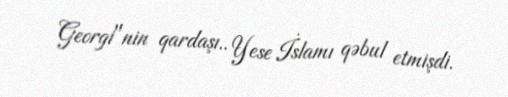
Georgi"nin qardaşı.. Yese İslamı qəbul etmişdi.